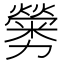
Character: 𠣁